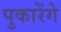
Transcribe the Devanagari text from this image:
पुकारेंगे